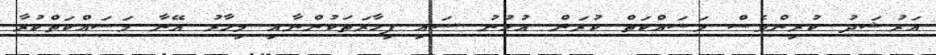
އަރުޝަދު ކުރިންވެސް މަސައްކަތް ކުރަން އުޅުނު ސައި ފިހާރަތަކުންނާއި މިހާރު އޭނާ މަސައްކަތްކުރާ